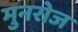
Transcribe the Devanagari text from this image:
मुनरोज